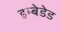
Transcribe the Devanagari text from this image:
इम्बेडेड